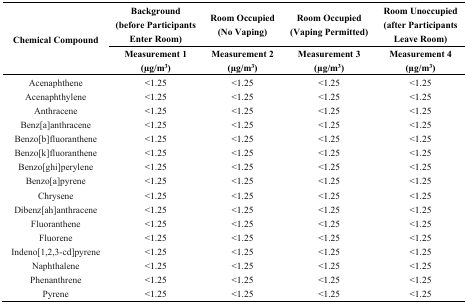
<table><thead><tr><td rowspan="2"><b>Chemical Compound</b></td><td><b>Background (before Participants Enter Room)</b></td><td><b>Room Occupied (No Vaping)</b></td><td><b>Room Occupied (Vaping Permitted)</b></td><td><b>Room Unoccupied (after Participants Leave Room)</b></td></tr><tr><td><b>Measurement 1 (μg/m<sup>3</sup>)</b></td><td><b>Measurement 2 (μg/m<sup>3</sup>)</b></td><td><b>Measurement 3 (μg/m<sup>3</sup>)</b></td><td><b>Measurement 4 (μg/m<sup>3</sup>)</b></td></tr></thead><tbody><tr><td>Acenaphthene</td><td>&lt;1.25</td><td>&lt;1.25</td><td>&lt;1.25</td><td>&lt;1.25</td></tr><tr><td>Acenaphthylene</td><td>&lt;1.25</td><td>&lt;1.25</td><td>&lt;1.25</td><td>&lt;1.25</td></tr><tr><td>Anthracene</td><td>&lt;1.25</td><td>&lt;1.25</td><td>&lt;1.25</td><td>&lt;1.25</td></tr><tr><td>Benz[a]anthracene</td><td>&lt;1.25</td><td>&lt;1.25</td><td>&lt;1.25</td><td>&lt;1.25</td></tr><tr><td>Benzo[b]fluoranthene</td><td>&lt;1.25</td><td>&lt;1.25</td><td>&lt;1.25</td><td>&lt;1.25</td></tr><tr><td>Benzo[k]fluoranthene</td><td>&lt;1.25</td><td>&lt;1.25</td><td>&lt;1.25</td><td>&lt;1.25</td></tr><tr><td>Benzo[ghi]perylene</td><td>&lt;1.25</td><td>&lt;1.25</td><td>&lt;1.25</td><td>&lt;1.25</td></tr><tr><td>Benzo[a]pyrene</td><td>&lt;1.25</td><td>&lt;1.25</td><td>&lt;1.25</td><td>&lt;1.25</td></tr><tr><td>Chrysene</td><td>&lt;1.25</td><td>&lt;1.25</td><td>&lt;1.25</td><td>&lt;1.25</td></tr><tr><td>Dibenz[ah]anthracene</td><td>&lt;1.25</td><td>&lt;1.25</td><td>&lt;1.25</td><td>&lt;1.25</td></tr><tr><td>Fluoranthene</td><td>&lt;1.25</td><td>&lt;1.25</td><td>&lt;1.25</td><td>&lt;1.25</td></tr><tr><td>Fluorene</td><td>&lt;1.25</td><td>&lt;1.25</td><td>&lt;1.25</td><td>&lt;1.25</td></tr><tr><td>Indeno[1,2,3-cd]pyrene</td><td>&lt;1.25</td><td>&lt;1.25</td><td>&lt;1.25</td><td>&lt;1.25</td></tr><tr><td>Naphthalene</td><td>&lt;1.25</td><td>&lt;1.25</td><td>&lt;1.25</td><td>&lt;1.25</td></tr><tr><td>Phenanthrene</td><td>&lt;1.25</td><td>&lt;1.25</td><td>&lt;1.25</td><td>&lt;1.25</td></tr><tr><td>Pyrene</td><td>&lt;1.25</td><td>&lt;1.25</td><td>&lt;1.25</td><td>&lt;1.25</td></tr></tbody></table>